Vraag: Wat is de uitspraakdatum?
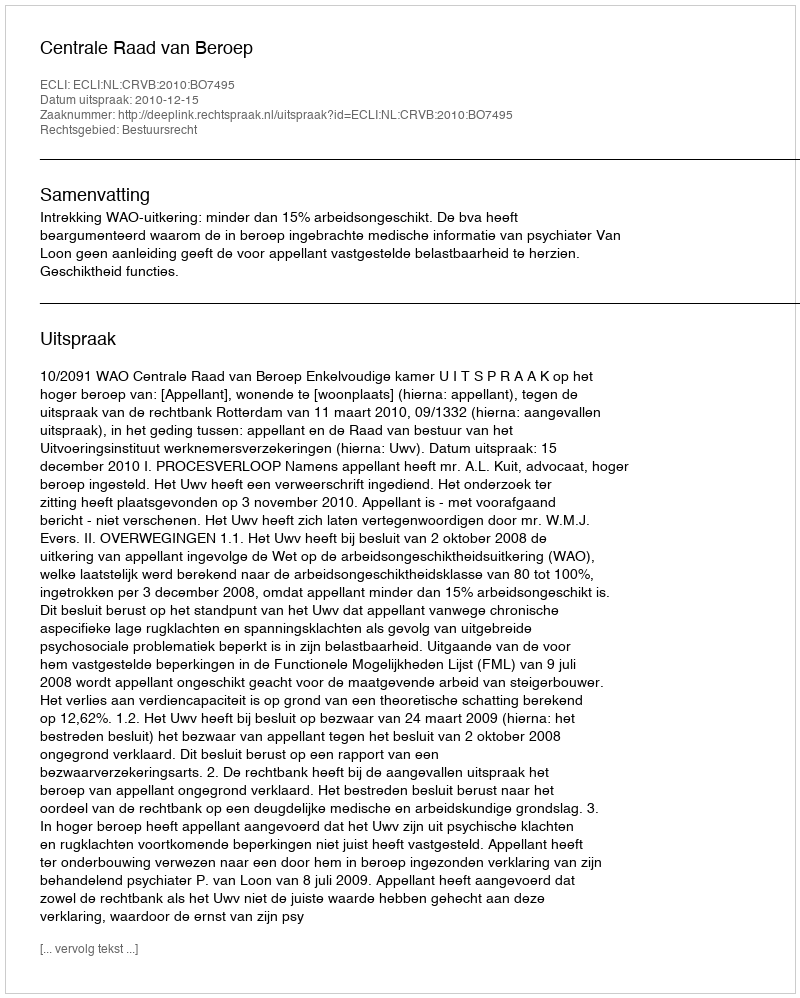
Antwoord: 2010-12-15